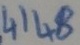
Text: 4148